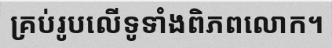
គ្រប់រូបលើទូទាំងពិភពលោក។